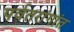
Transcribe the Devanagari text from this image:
पर्वतरांगांत